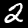
Digit: 2